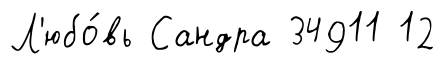
Л'юбо́вь Сандра 34911 12